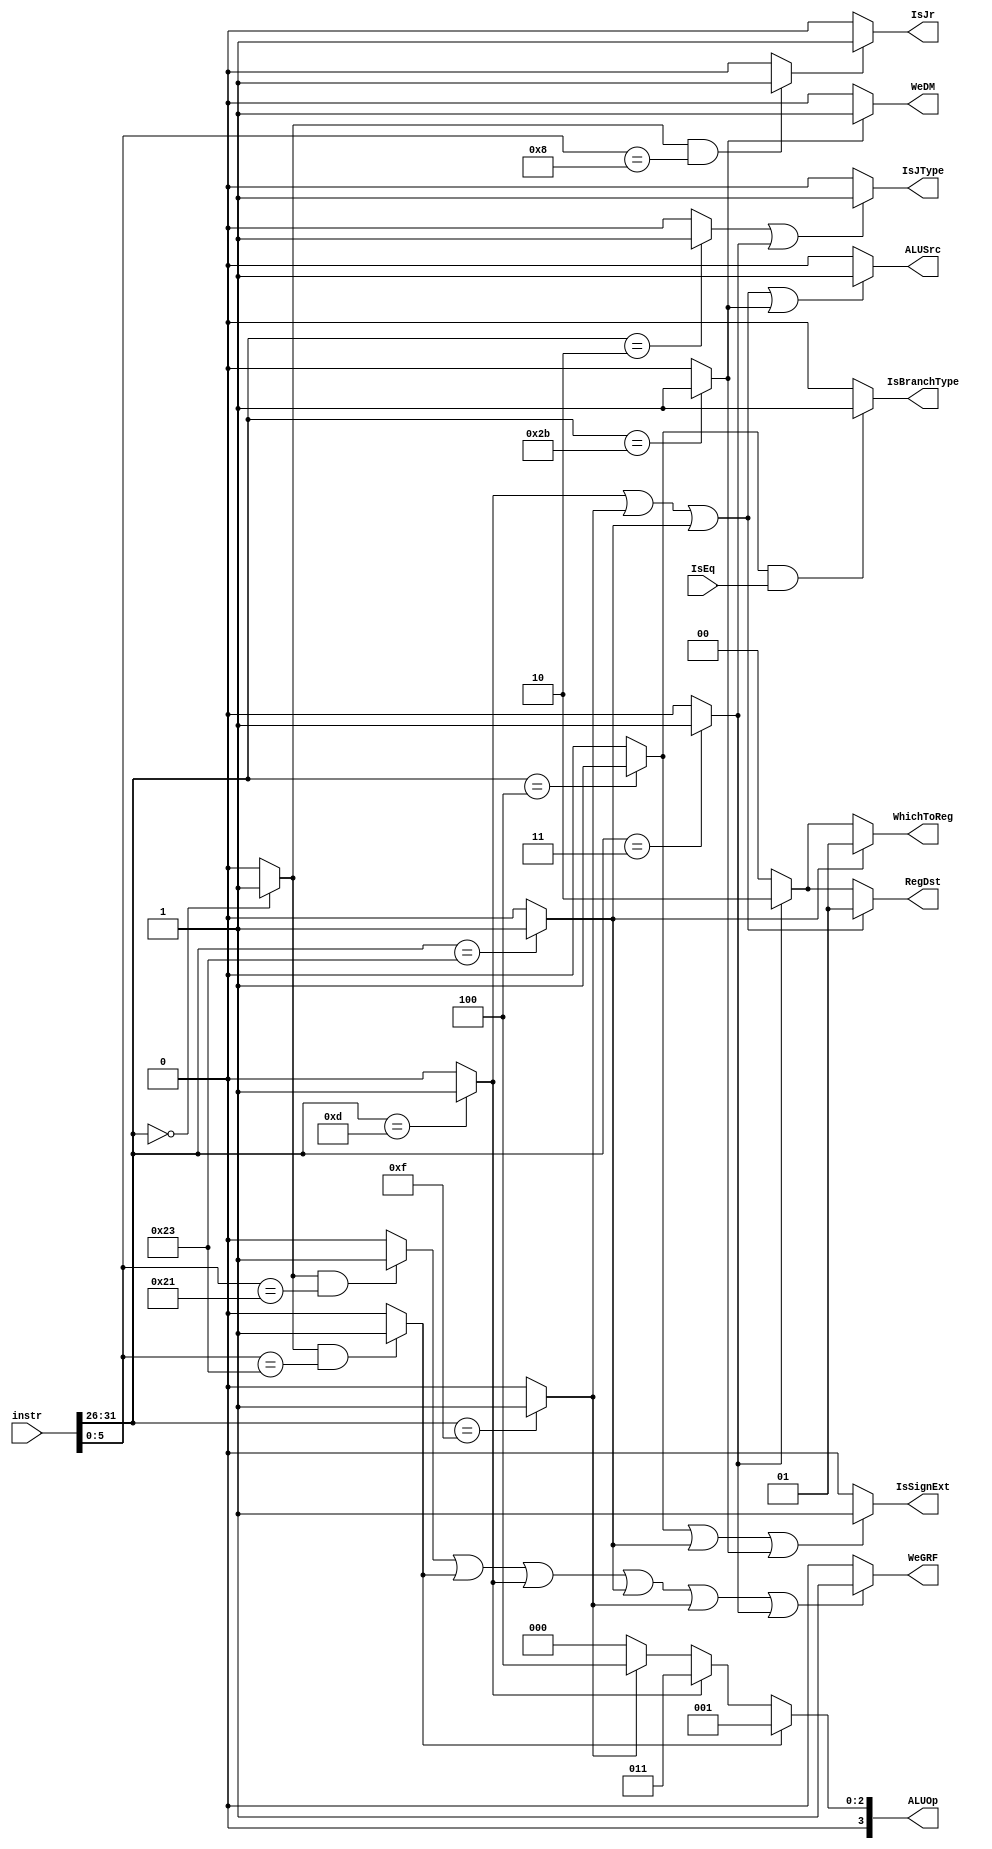
`timescale 1ns / 1ps
//////////////////////////////////////////////////////////////////////////////////
// Company: 
// Engineer: 
// 
// Design Name: 
// Module Name:    Controller 
// Project Name: 
// Target Devices: 
// Tool versions: 
// Description: 
//
// Dependencies: 
//
// Revision: 
// Revision 0.01 - File Created
// Additional Comments: 
//
//////////////////////////////////////////////////////////////////////////////////
module Controller(
	 input [31:0] instr,
	 input IsEq,
    output [3:0] ALUOp,
    output WeGRF,
    output WeDM,
    output IsBranchType,
	 output IsJType,
	 output IsJr,
    output ALUSrc,
    output [1:0] WhichToReg,
    output [1:0] RegDst,
    output IsSignExt
    );
	 wire [5:0] op, func;
	 wire addu, subu, ori, lw, sw, beq, lui, j, jal, jr, nop;
	 wire RType;
	 
	 
	 
	 assign op = instr[31:26];
	 assign func = instr[5:0];
	 
	 
	 
	 assign RType = (op == 6'b000000) ? 1 : 0;
	 assign addu = (RType && func == 6'b100001) ? 1 : 0;
	 assign subu = (RType && func == 6'b100011) ? 1 : 0;
	 assign ori = (op == 6'b001101) ? 1 : 0;
	 assign lw = (op == 6'b100011) ? 1 : 0;
	 assign sw = (op == 6'b101011) ? 1 : 0;
	 assign beq = (op == 6'b000100) ? 1 : 0;
	 assign lui = (op == 6'b001111) ? 1 : 0;
	 assign j = (op == 6'b000010) ? 1 : 0;
	 assign jal = (op == 6'b000011) ? 1 : 0;
	 assign jr = (RType && func == 6'b001000) ? 1 : 0;
	 assign nop = (RType && func == 6'b000000) ? 1 : 0;
	 
	 
	 
	 assign ALUOp = (subu) ? 4'b0001 :
						 (ori) ? 4'b0011 :
						 (lui) ? 4'b0100 : 4'b0000;
	 assign WeGRF = (addu || subu || ori || lw || lui || jal) ? 1 : 0;
	 assign WeDM = (sw) ? 1 : 0;
	 assign IsBranchType = (beq && IsEq) ? 1 : 0;
	 assign IsJType = (j || jal) ? 1 : 0;
	 assign IsJr = (jr) ? 1 : 0;
	 assign ALUSrc = (ori || lui || lw || sw) ? 1 : 0;
	 assign WhichToReg = (lw) ? 2'b01 : 
								(jal) ? 2'b10 : 2'b00;
	 assign RegDst = (ori || lui || lw) ? 2'b01 : 
						  (jal) ? 2'b10 : 2'b00;
	 assign IsSignExt = (beq || lw || sw) ? 1 : 0;
endmodule